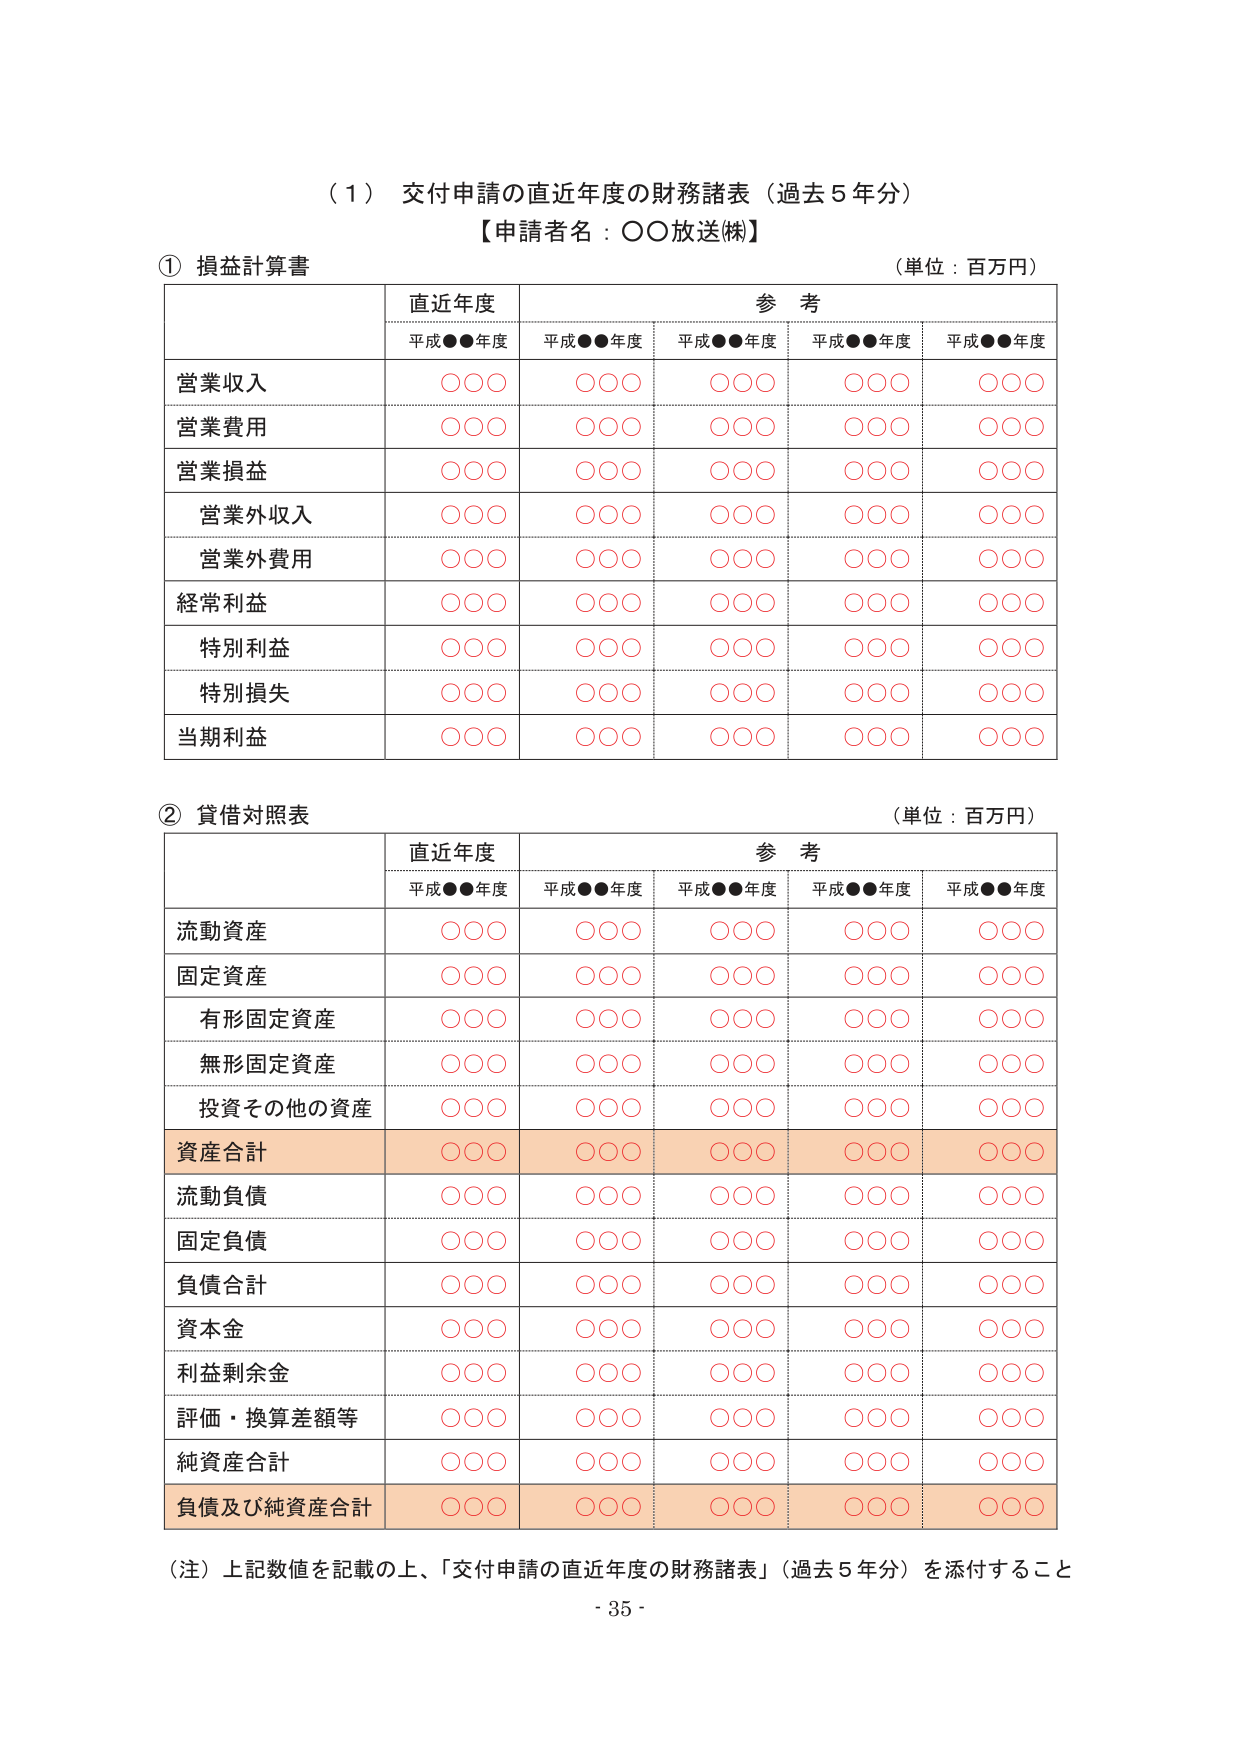
（１）交付申請の直近年度の財務諸表（過去５年分）
【申請者名：○○放送㈱】

① 損益計算書
（単位：百万円）

| | 直近年度 | 参考 | | | |
|---|---|---|---|---|---|
| | 平成●●年度 | 平成●●年度 | 平成●●年度 | 平成●●年度 | 平成●●年度 |
| 営業収入 | ○○○ | ○○○ | ○○○ | ○○○ | ○○○ |
| 営業費用 | ○○○ | ○○○ | ○○○ | ○○○ | ○○○ |
| 営業損益 | ○○○ | ○○○ | ○○○ | ○○○ | ○○○ |
| 営業外収入 | ○○○ | ○○○ | ○○○ | ○○○ | ○○○ |
| 営業外費用 | ○○○ | ○○○ | ○○○ | ○○○ | ○○○ |
| 経常利益 | ○○○ | ○○○ | ○○○ | ○○○ | ○○○ |
| 特別利益 | ○○○ | ○○○ | ○○○ | ○○○ | ○○○ |
| 特別損失 | ○○○ | ○○○ | ○○○ | ○○○ | ○○○ |
| 当期利益 | ○○○ | ○○○ | ○○○ | ○○○ | ○○○ |

② 貸借対照表
（単位：百万円）

| | 直近年度 | 参考 | | | |
|---|---|---|---|---|---|
| | 平成●●年度 | 平成●●年度 | 平成●●年度 | 平成●●年度 | 平成●●年度 |
| 流動資産 | ○○○ | ○○○ | ○○○ | ○○○ | ○○○ |
| 固定資産 | ○○○ | ○○○ | ○○○ | ○○○ | ○○○ |
| 有形固定資産 | ○○○ | ○○○ | ○○○ | ○○○ | ○○○ |
| 無形固定資産 | ○○○ | ○○○ | ○○○ | ○○○ | ○○○ |
| 投資その他の資産 | ○○○ | ○○○ | ○○○ | ○○○ | ○○○ |
| 資産合計 | ○○○ | ○○○ | ○○○ | ○○○ | ○○○ |
| 流動負債 | ○○○ | ○○○ | ○○○ | ○○○ | ○○○ |
| 固定負債 | ○○○ | ○○○ | ○○○ | ○○○ | ○○○ |
| 負債合計 | ○○○ | ○○○ | ○○○ | ○○○ | ○○○ |
| 資本金 | ○○○ | ○○○ | ○○○ | ○○○ | ○○○ |
| 利益剰余金 | ○○○ | ○○○ | ○○○ | ○○○ | ○○○ |
| 評価・換算差額等 | ○○○ | ○○○ | ○○○ | ○○○ | ○○○ |
| 純資産合計 | ○○○ | ○○○ | ○○○ | ○○○ | ○○○ |
| 負債及び純資産合計 | ○○○ | ○○○ | ○○○ | ○○○ | ○○○ |

（注）上記数値を記載の上、「交付申請の直近年度の財務諸表」（過去５年分）を添付すること
- 35 -